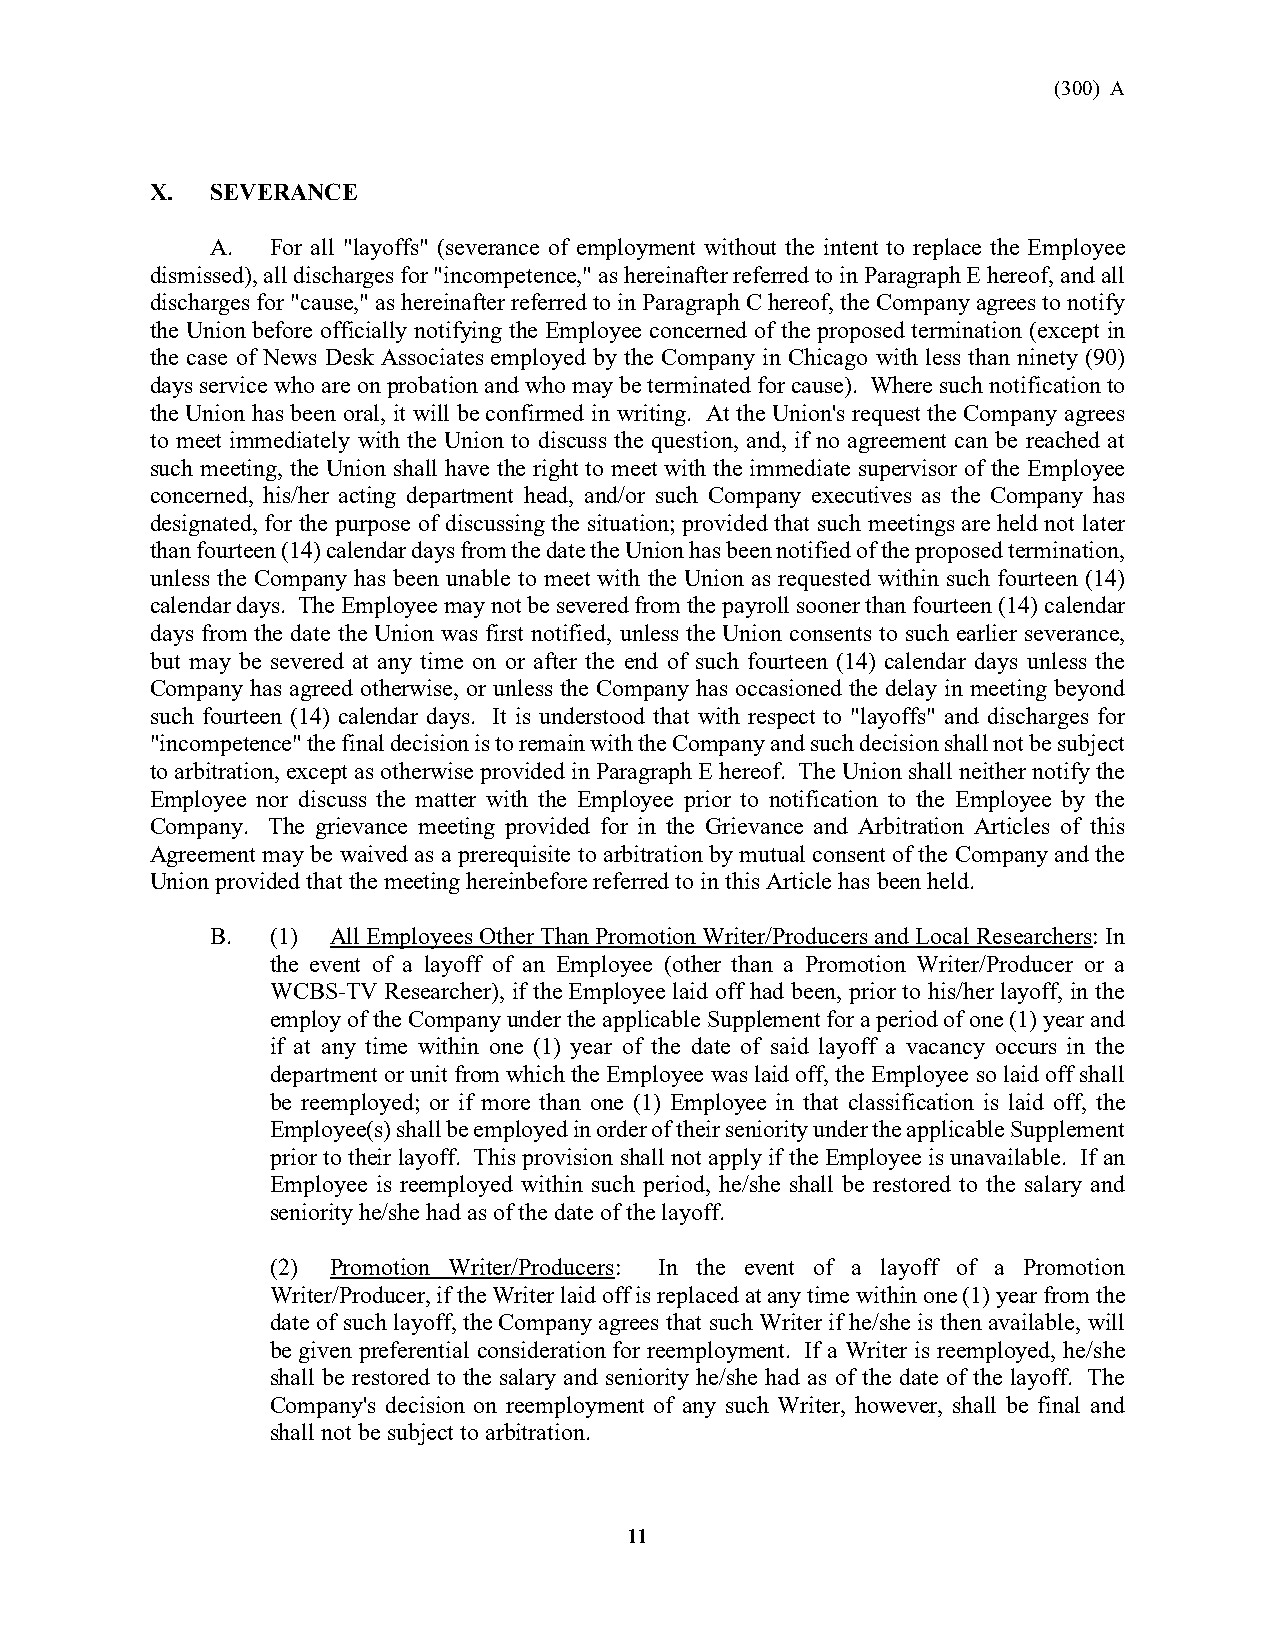
(300) A
 X.  SEVERANCE
 A.  For all "layoffs" (severance of employment without the intent to replace the Employee
 dismissed), all discharges for "incompetence," as hereinafter referred to in Paragraph E hereof, and all
 discharges for "cause," as hereinafter referred to in Paragraph C hereof, the Company agrees to notify
 the Union before officially notifying the Employee concerned of the proposed termination (except in
 the case of News Desk Associates employed by the Company in Chicago with less than ninety (90)
 days service who are on probation and who may be terminated for cause). Where such notification to
 the Union has been oral, it will be confirmed in writing. At the Union's request the Company agrees
 to meet immediately with the Union to discuss the question, and, if no agreement can be reached at
 such meeting, the Union shall have the right to meet with the immediate supervisor of the Employee
 concerned, his/her acting department head, and/or such Company executives as the Company has
 designated, for the purpose of discussing the situation; provided that such meetings are held not later
 than fourteen (14) calendar days from the date the Union has been notified of the proposed termination,
 unless the Company has been unable to meet with the Union as requested within such fourteen (14)
 calendar days. The Employee may not be severed from the payroll sooner than fourteen (14) calendar
 days from the date the Union was first notified, unless the Union consents to such earlier severance,
 but may be severed at any time on or after the end of such fourteen (14) calendar days unless the
 Company has agreed otherwise, or unless the Company has occasioned the delay in meeting beyond
 such fourteen (14) calendar days. It is understood that with respect to "layoffs" and discharges for
 "incompetence" the final decision is to remain with the Company and such decision shall not be subject
 to arbitration, except as otherwise provided in Paragraph E hereof. The Union shall neither notify the
 Employee nor discuss the matter with the Employee prior to notification to the Employee by the
 Company. The grievance meeting provided for in the Grievance and Arbitration Articles of this
 Agreement may be waived as a prerequisite to arbitration by mutual consent of the Company and the
 Union provided that the meeting hereinbefore referred to in this Article has been held.
 B.  (1) All Employees Other Than Promotion Writer/Producers and Local Researchers: In
 the event of a layoff of an Employee (other than a Promotion Writer/Producer or a
 WCBS-TV Researcher), if the Employee laid off had been, prior to his/her layoff, in the
 employ of the Company under the applicable Supplement for a period of one (1) year and
 if at any time within one (1) year of the date of said layoff a vacancy occurs in the
 department or unit from which the Employee was laid off, the Employee so laid off shall
 be reemployed; or if more than one (1) Employee in that classification is laid off, the
 Employee(s) shall be employed in order of their seniority under the applicable Supplement
 prior to their layoff. This provision shall not apply if the Employee is unavailable. If an
 Employee is reemployed within such period, he/she shall be restored to the salary and
 seniority he/she had as of the date of the layoff.
 (2) Promotion Writer/Producers: In the event of a layoff of a Promotion
 Writer/Producer, if the Writer laid off is replaced at any time within one (1) year from the
 date of such layoff, the Company agrees that such Writer if he/she is then available, will
 be given preferential consideration for reemployment. If a Writer is reemployed, he/she
 shall be restored to the salary and seniority he/she had as of the date of the layoff. The
 Company's decision on reemployment of any such Writer, however, shall be final and
 shall not be subject to arbitration.
 11